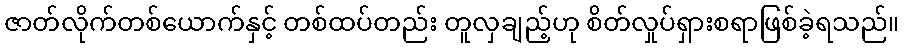
ဇာတ်လိုက်တစ်ယောက်နှင့် တစ်ထပ်တည်း တူလှချည့်ဟု စိတ်လှုပ်ရှားစရာဖြစ်ခဲ့ရသည်။